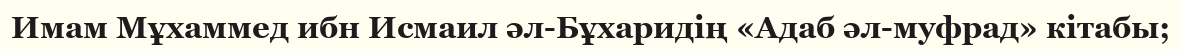
Имам Мұхаммед ибн Исмаил әл-Бұхаридің «Адаб әл-муфрад» кітабы;